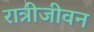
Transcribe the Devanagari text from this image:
रात्रीजीवन